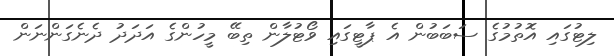
ލިޓުގައި އޮތުމުގެ ސަބަބުން އެ ޕާޓީގައި ވޯޓުލާން ތިބޭ މީހުންގެ އަދަދު ދެނެގަންނަން